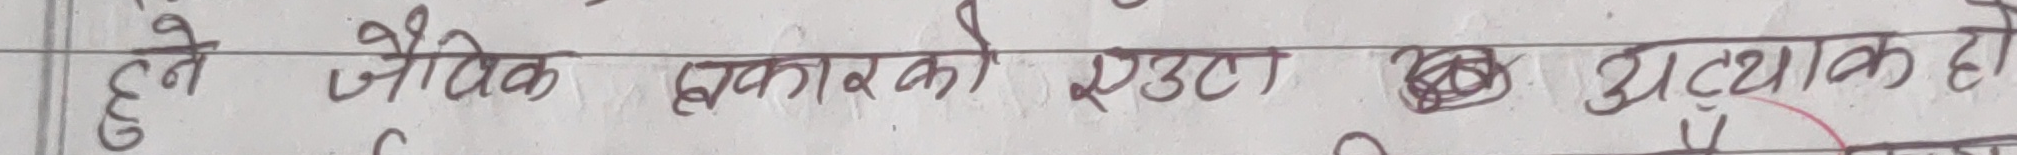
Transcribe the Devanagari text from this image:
हुने जैविक तत्वहरुको एउटा क्षेत्र हो ।